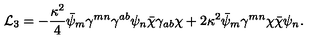
{ \cal L } _ { 3 } = - \frac { \kappa ^ { 2 } } { 4 } \bar { \psi } _ { m } \gamma ^ { m n } \gamma ^ { a b } \psi _ { n } \bar { \chi } \gamma _ { a b } \chi + 2 \kappa ^ { 2 } \bar { \psi } _ { m } \gamma ^ { m n } \chi \bar { \chi } \psi _ { n } .